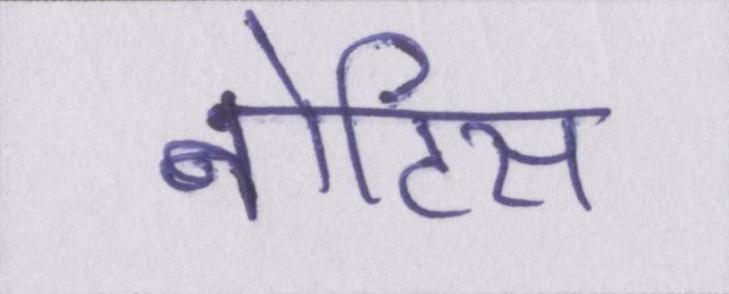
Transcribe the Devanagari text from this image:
नोटिस